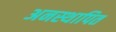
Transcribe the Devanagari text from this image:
अनस्थापित